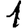
Digit: 1